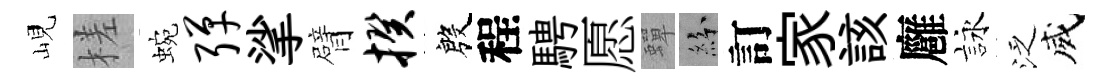
峴槎蜿弹挲臂揆殷程騁愿蟬紛訂家該廱詠泛威